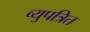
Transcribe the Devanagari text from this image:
व्युपत्रित